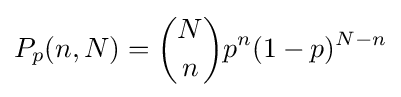
P_{p}(n,N)={\binom {N}{n}}p^{n}(1-p)^{N-n}